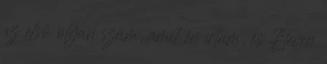
az első olyan szám, amit én írtam, és Eleven